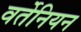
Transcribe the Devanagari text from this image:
वर्तेनियन